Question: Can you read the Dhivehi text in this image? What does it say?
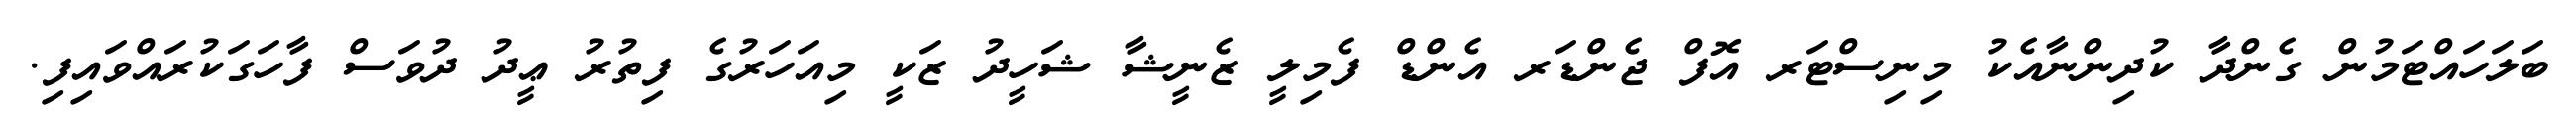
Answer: ބަލަހައްޓަމުން ގެންދާ ކުދިންނާއެކު މިނިސްޓަރ އޮފް ޖެންޑަރ އެންޑް ފެމިލީ ޒެނީޝާ ޝަހީދު ޒަކީ މިއަހަރުގެ ފިތުރު ޢީދު ދުވަސް ފާހަގަކުރައްވައިފި.